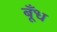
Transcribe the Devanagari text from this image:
बूँध